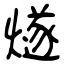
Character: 燧